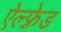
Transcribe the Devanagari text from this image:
ऐल्फ़्रेड